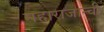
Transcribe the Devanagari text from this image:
महाराजान्ची